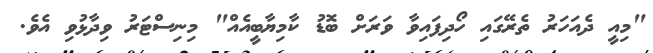
"މިއީ ދެއަހަރު ތެރޭގައި ހޯދިފައިވާ ވަރަށް ބޮޑު ކާމިޔާބީއެއް" މިނިސްޓަރު ވިދާޅުވި އެވެ.